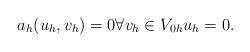
LaTeX: \begin{align*} a_h(u_h,v_h) = 0 \forall v_h \in V_{0h} u_h = 0. \end{align*}